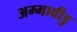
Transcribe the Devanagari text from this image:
अम्मावीडु